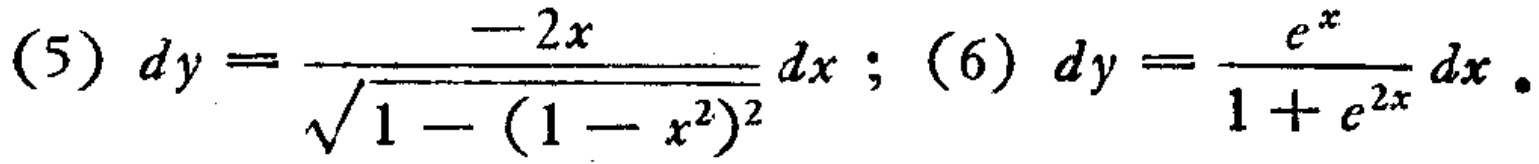
(5) \(dy = \frac{-2x}{\sqrt{1-(1 - x^{2})^{2}}}dx\); (6) \(dy = \frac{e^{x}}{1 + e^{2x}}dx\)